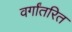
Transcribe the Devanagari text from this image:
वर्गांतरित